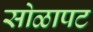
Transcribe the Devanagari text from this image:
सोळापट